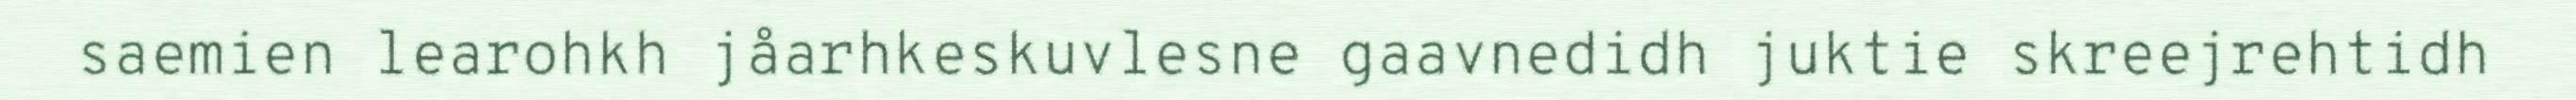
saemien learohkh jåarhkeskuvlesne gaavnedidh juktie skreejrehtidh